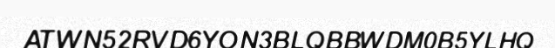
ATWN52RVD6YON3BLQBBWDM0B5YLHQ